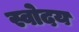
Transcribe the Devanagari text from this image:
स्वोदय